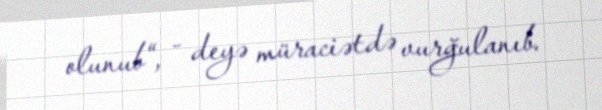
olunub“, - deyə müraciətdə vurğulanıb.